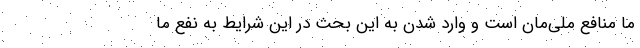
ما منافع ملی‌مان است و وارد شدن به این بحث در این شرایط به نفع ما